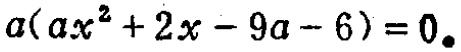
\(a(ax^{2}+2x - 9a - 6)=0\)